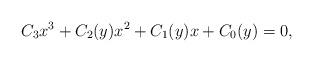
LaTeX: \begin{align*}C_3x^3+C_2(y)x^2+C_1(y)x+C_0(y)=0,\end{align*}